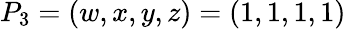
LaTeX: P_{3}=(w,x,y,z)=(1,1,1,1)